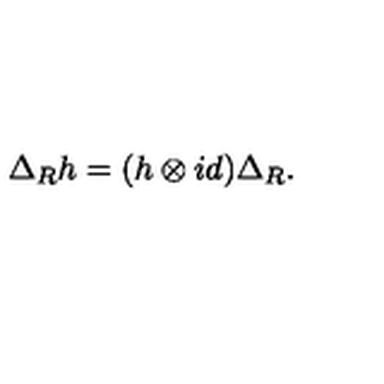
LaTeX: \Delta _ { R } h = ( h \otimes i d ) \Delta _ { R } .